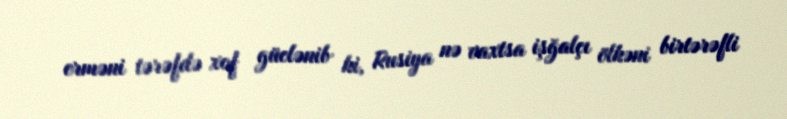
erməni tərəfdə xof güclənib ki, Rusiya nə vaxtsa işğalçı ölkəni birtərəfli